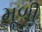
મૂળી